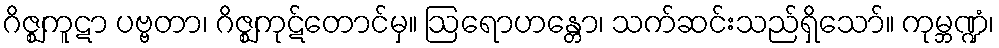
ဂိဇ္ဈကူဋာ ပဗ္ဗတာ၊ ဂိဇ္ဈကုဋ်တောင်မှ။ ဩရောဟန္တော၊ သက်ဆင်းသည်ရှိသော်။ ကုမ္ဘဏ္ဍံ၊